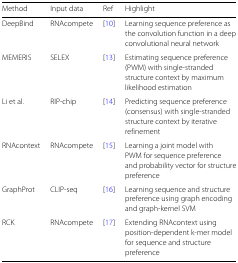
| Method | Input data | Ref | Highlight |
 | --- | --- | --- | --- |
 | DeepBind | RNAcompete | [10] | Learning sequence preference as |
 |  |  |  | the convolution function in a deep |
 |  |  |  | convolutional neural network |
 | MEMERIS | SELEX | [13] | Estimating sequence preference |
 |  |  |  | (PWM) with single-stranded |
 |  |  |  | structure context by maximum |
 |  |  |  | likelihood estimation |
 | Li et al. | RIP-chip | [14] | Predicting sequence preference |
 |  |  |  | (consensus) with single-stranded |
 |  |  |  | structure context by iterative |
 |  |  |  | refinement |
 | RNAcontext | RNAcompete | [15] | Learning a joint model with |
 |  |  |  | PWM for sequence preference |
 |  |  |  | and probability vector for structure |
 |  |  |  | preference |
 | GraphProt | CLIP-seq | [16] | Learning sequence and structure |
 |  |  |  | preference using graph encoding |
 |  |  |  | and graph-kernel SVM |
 | RCK | RNAcompete | [17] | Extending RNAcontext using |
 |  |  |  | position-dependent k-mer model |
 |  |  |  | for sequence and structure |
 |  |  |  | preference |